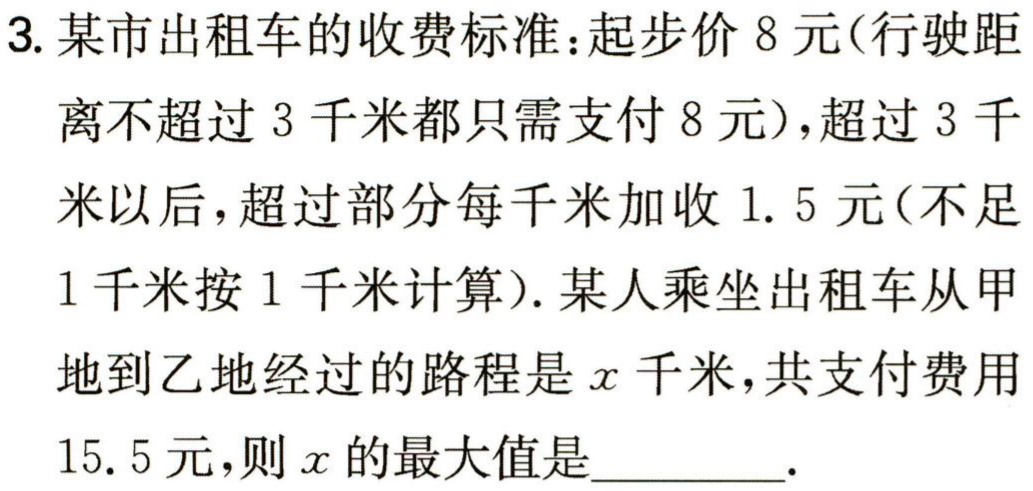
3. 某市出租车的收费标准：起步价 8 元(行驶距离不超过 3 千米都只需支付 8 元)，超过 3 千米以后，超过部分每千米加收 1.5 元(不足1 千米按 1 千米计算). 某人乘坐出租车从甲地到乙地经过的路程是\(x\)千米，共支付费用15.5 元，则\(x\)的最大值是_________.